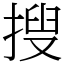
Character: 搜